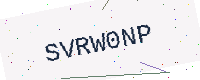
Text: SVRW0NP